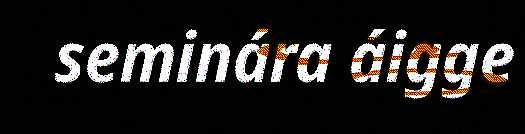
seminára áigge